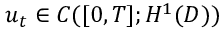
u _ { t } \in C ( [ 0 , T ] ; H ^ { 1 } ( D ) )